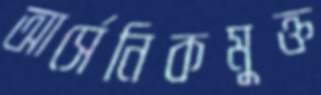
আর্সেনিকমুক্ত